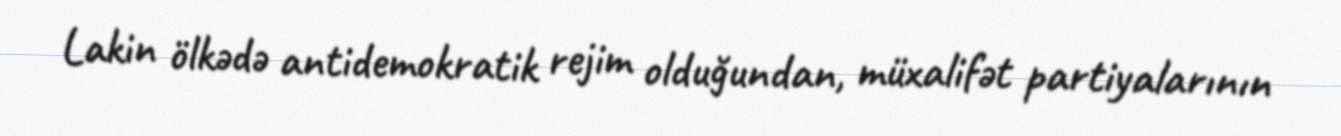
Lakin ölkədə antidemokratik rejim olduğundan, müxalifət partiyalarının